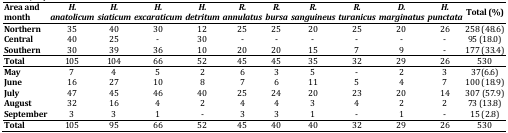
| Area and month | H. anatolicum | H. siaticum | H. excaraticum | H. detritum | R. annulatus | R. bursa | R. sanguineus | R. turanicus | D. marginatus | H. punctata | Total (%) |
 | --- | --- | --- | --- | --- | --- | --- | --- | --- | --- | --- | --- |
 | Northern | 35 | 40 | 30 | 12 | 25 | 25 | 20 | 25 | 20 | 26 | 258 (48.6) |
 | Central | 40 | 25 | - | 30 | - | - | - | - | - | - | 95 (18.0) |
 | Southern | 30 | 39 | 36 | 10 | 20 | 20 | 15 | 7 | 9 | - | 177 (33.4) |
 | Total | 105 | 104 | 66 | 52 | 45 | 45 | 35 | 32 | 29 | 26 | 530 |
 | May | 7 | 4 | 5 | 2 | 6 | 3 | 5 | - | 2 | 3 | 37(6.6) |
 | June | 16 | 27 | 10 | 8 | 7 | 6 | 11 | 5 | 4 | 7 | 100 (18.9) |
 | July | 47 | 45 | 46 | 40 | 25 | 24 | 20 | 23 | 20 | 14 | 307 (57.9) |
 | August | 32 | 16 | 4 | 2 | 4 | 4 | 3 | 4 | 2 | 2 | 73 (13.8) |
 | September | 3 | 3 | 1 | - | 3 | 3 | 1 | - | 1 | - | 15 (2.8) |